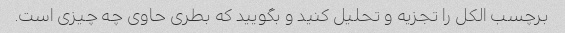
برچسب الکل را تجزیه و تحلیل کنید و بگویید که بطری حاوی چه چیزی است.